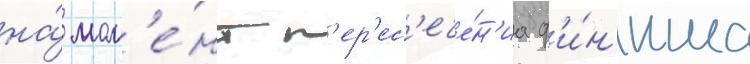
на́ мом'е́нт п'ер'ес'ече́н'иа ф'и́н'иша